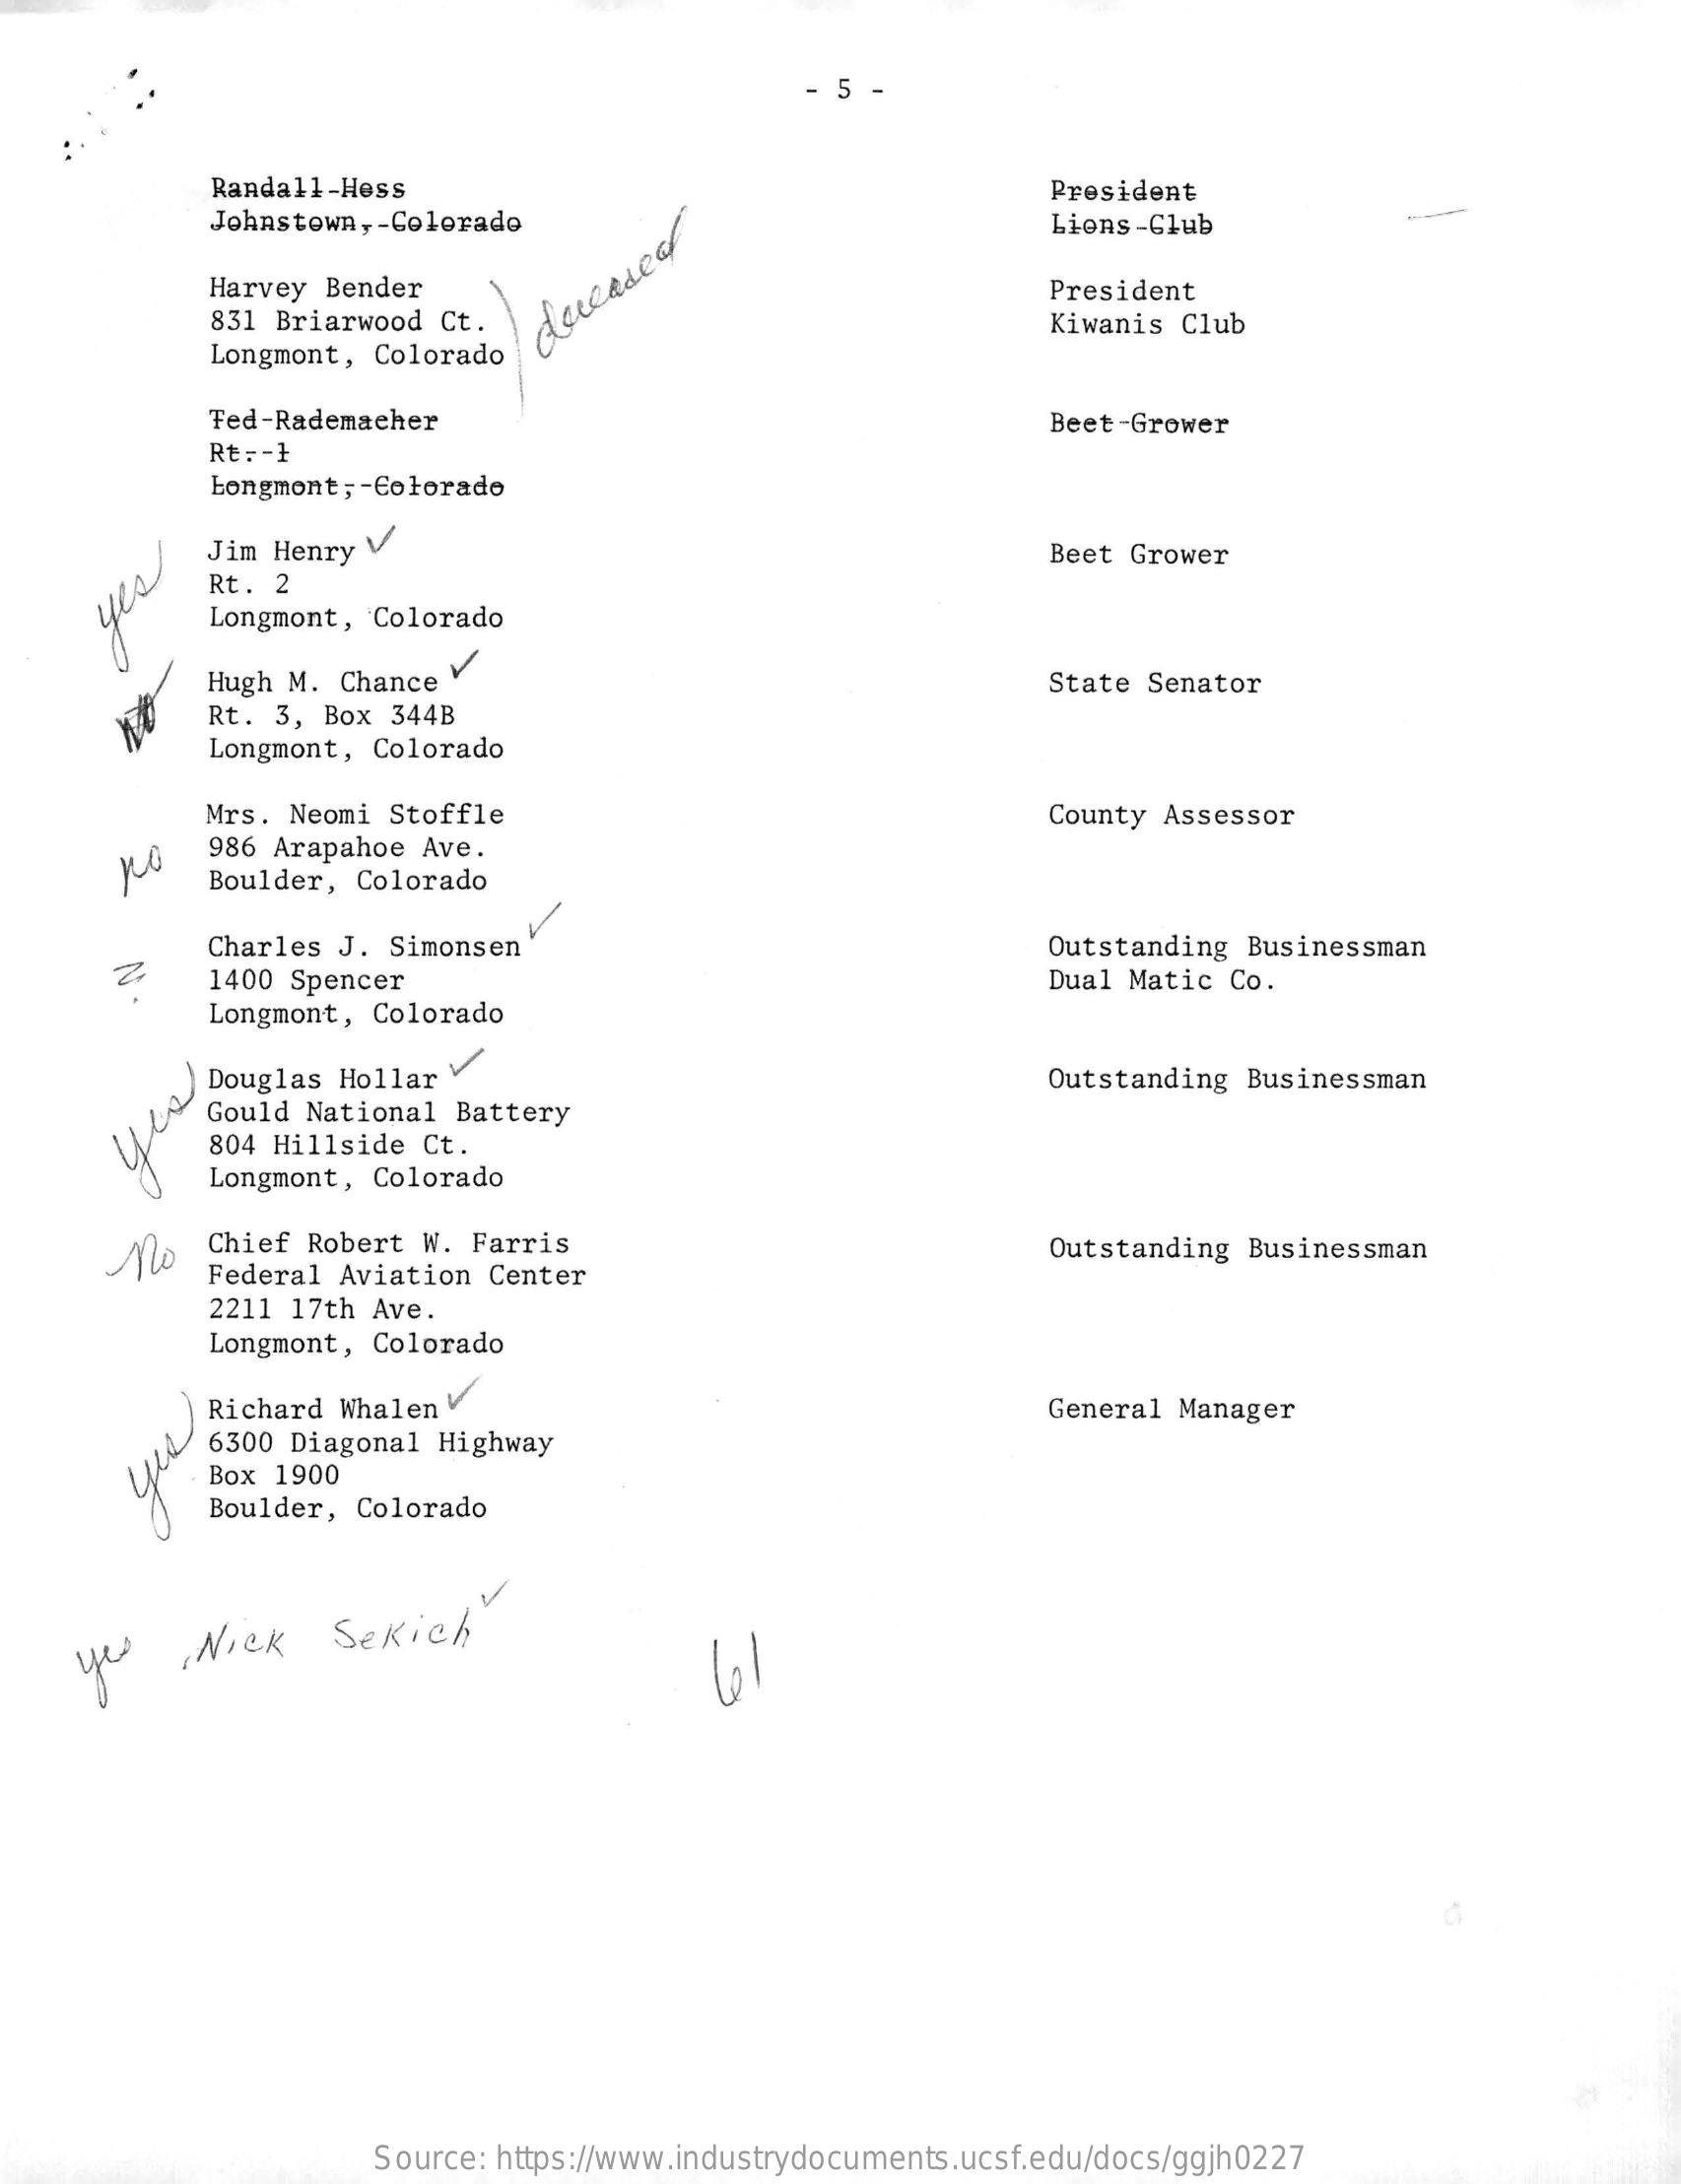
- 5 -
     Randall-Hess
     Johnstown, - Colorado
     President
     Lions-Club
     Harvey Bender
     831 Briarwood Ct.
     President
     Kiwanis Club
     Longmont, Colorado
     deceased
     Fed-Rademacher    Beet-Grower
     Rt: - }
     Longmont, - Colorado
     Jim Henry
     Rt.  2
     Beet Grower
     yes
     Longmont, Colorado
     Hugh M.  Chance V
     State Senator
     Rt. 3, Box 344B
     Longmont, Colorado
     Mrs. Neomi  Stoffle    County Assessor
     986 Arapahoe  Ave.
     Boulder,  Colorado
     Charles J. Simonsen    Outstanding Businessman
     Z    1400 Spencer    Dual Matic Co.
     Longmont, Colorado
     WLA
     Douglas Hollar    Outstanding Businessman
     Gould National  Battery
     804 Hillside Ct.
     Longmont,  Colorado
     Mo    Chief Robert  W. Farris
     Federal  Aviation Center
     Outstanding Businessman
     2211 17th Ave.
     Longmont, Colorado
     Richard Whalen  V    General Manager
     6300 Diagonal  Highway
     Box 1900
     Boulder, Colorado
     yes    Nick    Sekich
     Source: https://www.industrydocuments.ucsf.edu/docs/ggjh0227